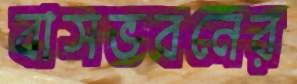
বাসভবনের